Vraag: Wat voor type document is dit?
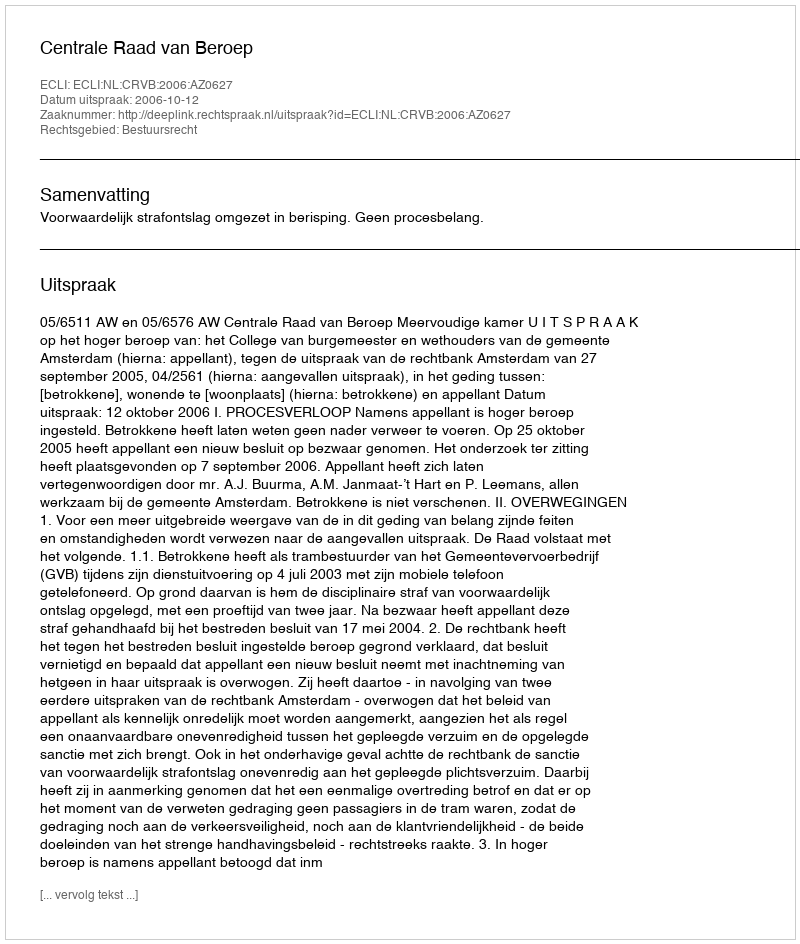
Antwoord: Uitspraak